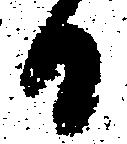
日